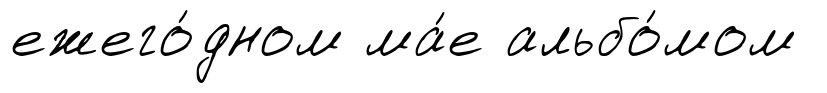
ежего́дном ма́е альбо́мом